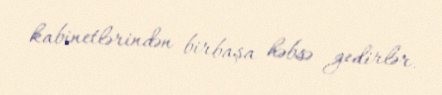
kabinetlərindən birbaşa həbsə gedirlər.